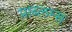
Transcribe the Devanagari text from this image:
प्राब्लम्स